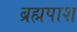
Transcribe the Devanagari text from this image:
ब्रह्मपाश